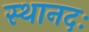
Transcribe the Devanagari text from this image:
स्थानदः